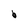
Character: b